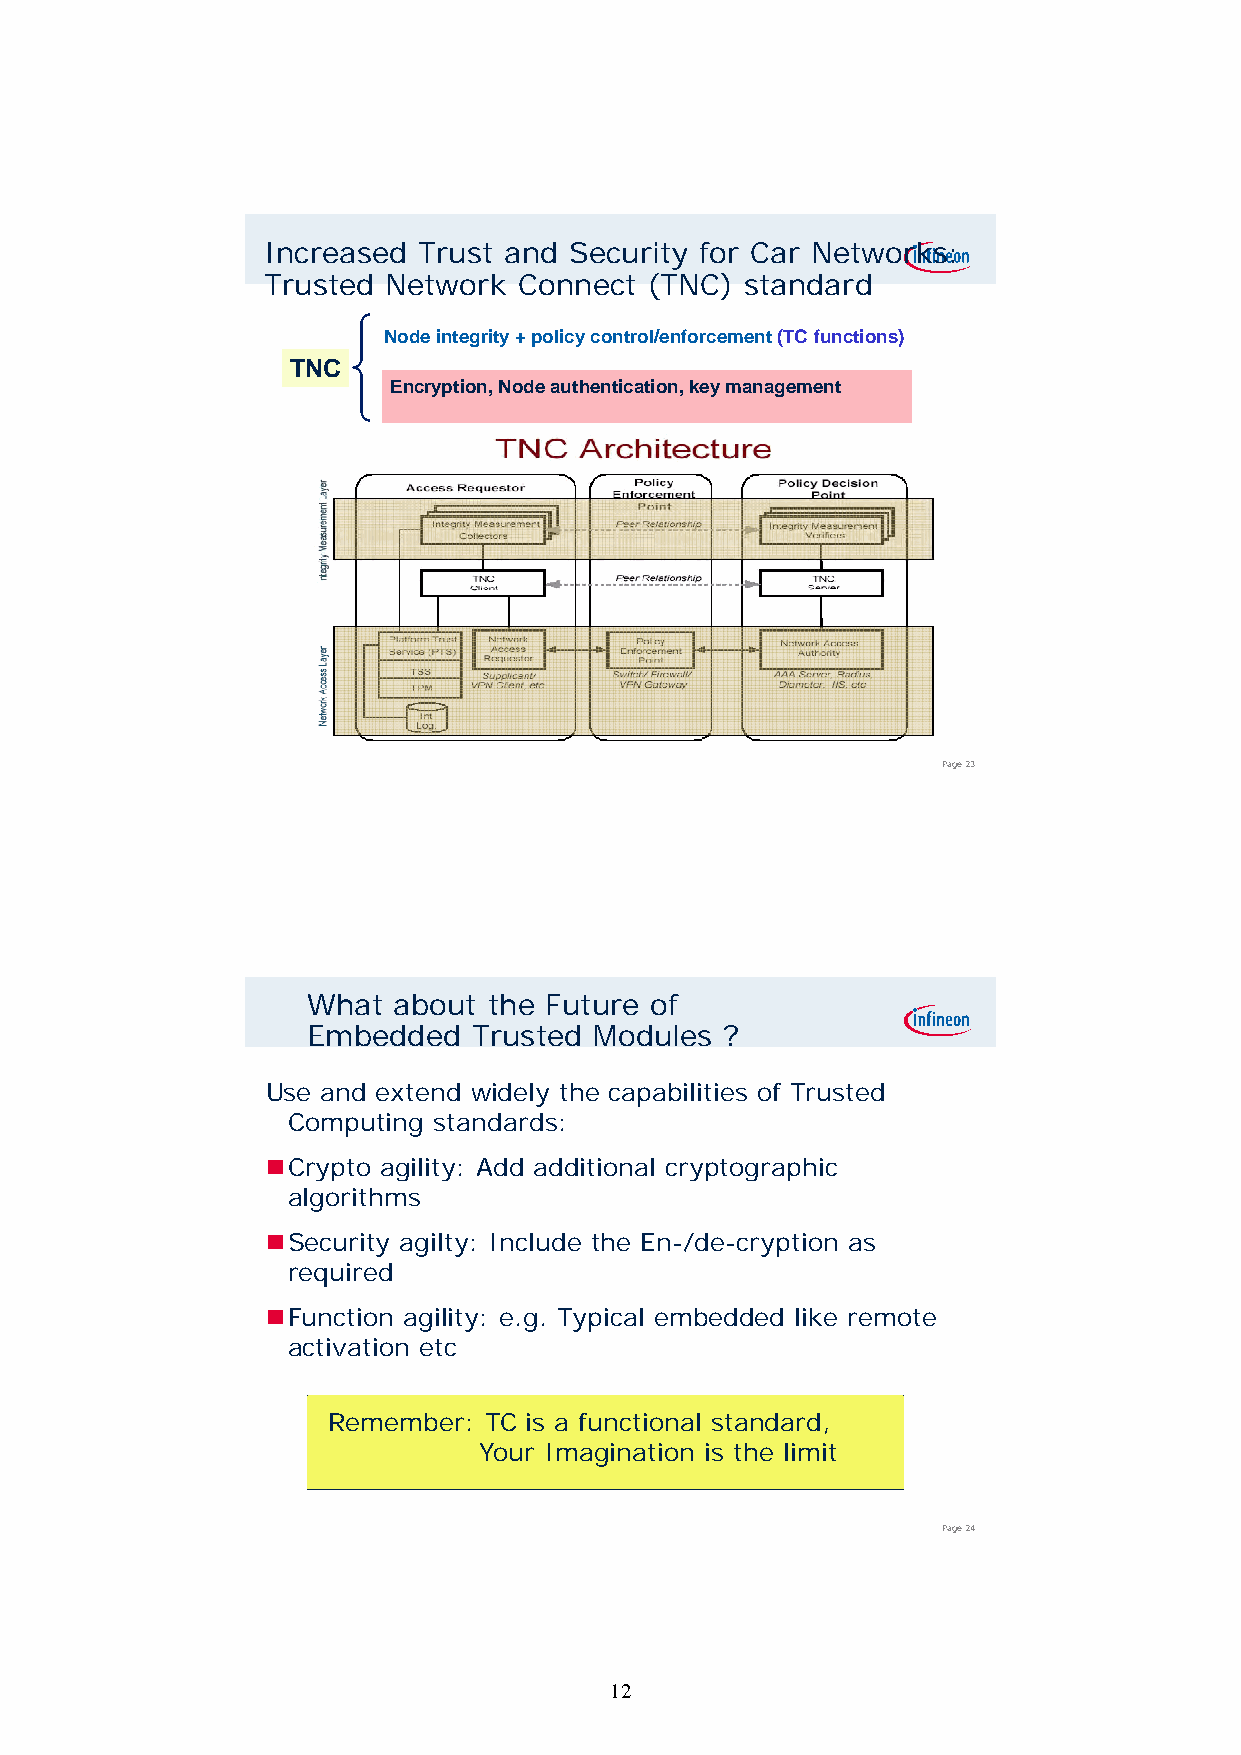
Increased  Trust and Security for Car Networks:
 Trusted Network  Connect  (TNC) standard
 Node integrity + policy control/enforcement (TC functions)
 TNC
 Encryption, Node authentication, key management
 Page 23
 What  about the Future of
 Embedded   Trusted Modules  ?
 Use and extend widely the capabilities of Trusted
 Computing standards:
 CCrryyppttoo aaggiilliittyy:: AAdddd aaddddiittiioonnaall ccrryyppttooggrraapphhiicc
 algorithms
 Security agilty: Include the En-/de-cryption as
 required
 Function agility: e.g. Typical embedded like remote
 aaccttiivvaattiioonn eettcc
 Remember: TC is a functional standard,
 Your Imagination is the limit
 Page 24
 12